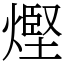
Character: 熞